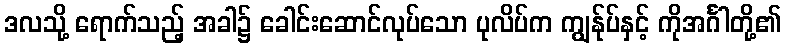
ဒလသို့ ရောက်သည့် အခါ၌ ခေါင်းဆောင်လုပ်သော ပုလိပ်က ကျွန်ုပ်နှင့် ကိုအင်္ဂါတို့၏